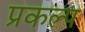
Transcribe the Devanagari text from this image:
प्रकल्‍प